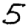
Digit: 5